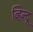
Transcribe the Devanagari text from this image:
व्हिन्दू